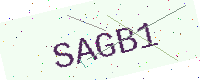
Text: SAGB1